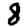
Digit: 8